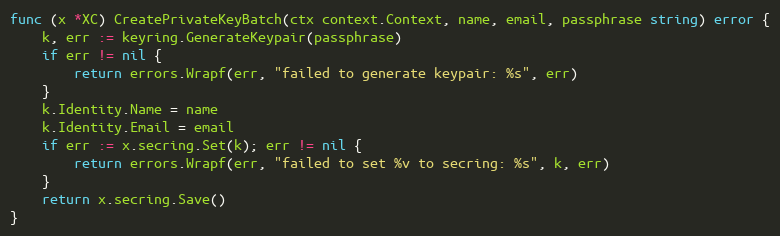
Language: Go
func (x *XC) CreatePrivateKeyBatch(ctx context.Context, name, email, passphrase string) error {
	k, err := keyring.GenerateKeypair(passphrase)
	if err != nil {
		return errors.Wrapf(err, "failed to generate keypair: %s", err)
	}
	k.Identity.Name = name
	k.Identity.Email = email
	if err := x.secring.Set(k); err != nil {
		return errors.Wrapf(err, "failed to set %v to secring: %s", k, err)
	}
	return x.secring.Save()
}